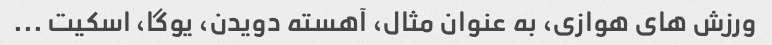
ورزش های هوازی، به عنوان مثال، آهسته دویدن، یوگا، اسکیت ...